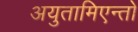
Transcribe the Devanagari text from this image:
अयुतामिएन्तो